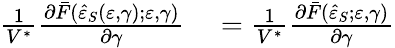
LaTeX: \begin{array}{rl}{\frac{1}{V^{\ast}}\frac{\partial\bar{F}(\hat{\varepsilon}_{S}(\varepsilon,\gamma);\varepsilon,\gamma)}{\partial\gamma}}&{{}=\frac{1}{V^{\ast}}\frac{\partial\bar{F}(\hat{\varepsilon}_{S};\varepsilon,\gamma)}{\partial\gamma}}\end{array}